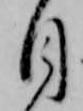
目